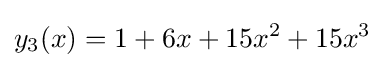
y_{3}(x)=1+6x+15x^{2}+15x^{3}